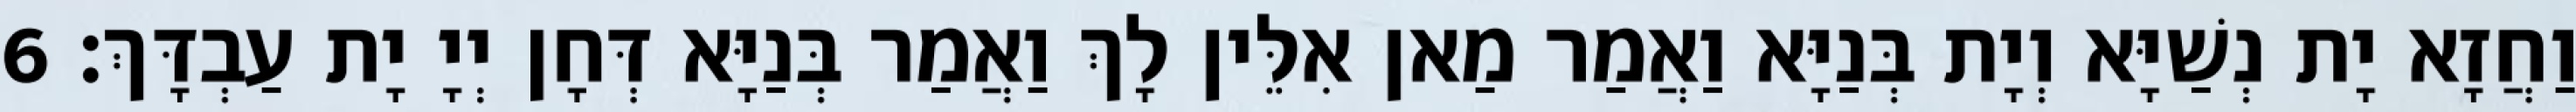
וַחֲזָא יָת נְשַׁיָּא וְיָת בְּנַיָּא וַאֲמַר מַאן אִלֵּין לָךְ וַאֲמַר בְּנַיָּא דְּחָן יְיָ יָת עַבְדָּךְ׃ 6